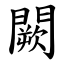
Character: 闕